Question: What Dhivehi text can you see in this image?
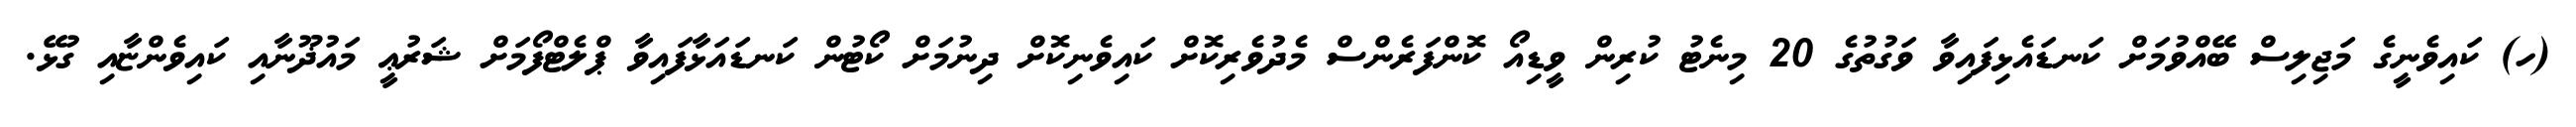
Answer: (ހ) ކައިވެނީގެ މަޖިލިސް ބޭއްވުމަށް ކަނޑައެޅިފައިވާ ވަގުތުގެ 20 މިނެޓު ކުރިން ވީޑިއޯ ކޮންފަރެންސް މެދުވެރިކޮށް ކައިވެނިކޮށް ދިނުމަށް ކޯޓުން ކަނޑައަޅާފައިވާ ޕްލެޓްފޯމަށް ޝަރުޢީ މައުޛޫނާއި ކައިވެންޏާއި ގުޅޭ.